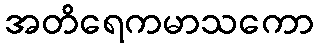
အတိရေကမာသကော